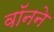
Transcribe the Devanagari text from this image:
वॉनने